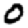
Digit: 0